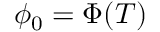
\phi _ { 0 } = \Phi ( T )